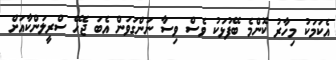
އެކަމަކު މިހާރު ކޮންމެ ބޭފުޅަކު ވެސް ވިސާ ނަންގަވަން އެބަ ޖެހޭ ސްރީލަންކާއަށް